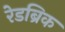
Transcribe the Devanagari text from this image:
रेडब्रिक